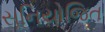
સૂનિયોજિત